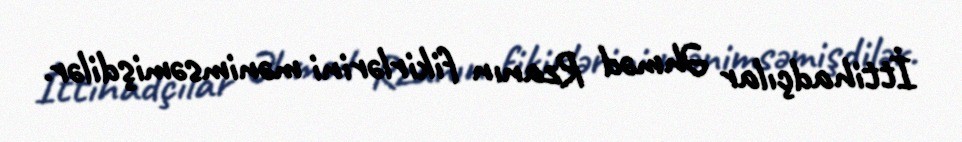
İttihadçılar Əhməd Rzanın fikirlərini mənimsəmişdilər.